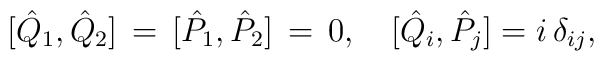
[{\hat Q}_1,{\hat Q}_2] \,=\, [{\hat P}_1,{\hat P}_2] \,=\, 0, \quad[{\hat Q}_i,{\hat P}_j]=i\,\delta_{ij},